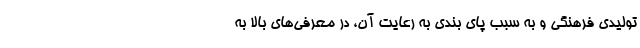
تولیدی فرهنگی و به سبب پای بندی به رعایت آن، در معرفی‌های بالا به